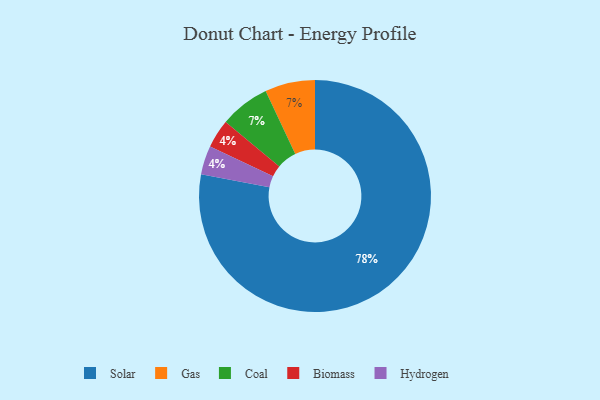
{"axis": {"x": "Category", "y": "Percentage"}, "legend": ["Biomass", "Coal", "Gas", "Hydrogen", "Solar"], "data": [{"x": "Gas", "y": 7, "type": "Gas"}, {"x": "Biomass", "y": 4, "type": "Biomass"}, {"x": "Solar", "y": 78, "type": "Solar"}, {"x": "Coal", "y": 7, "type": "Coal"}, {"x": "Hydrogen", "y": 4, "type": "Hydrogen"}]}